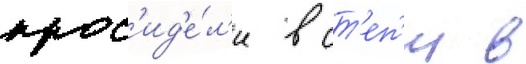
прос'ид'е́л'и в ст'еп'и в